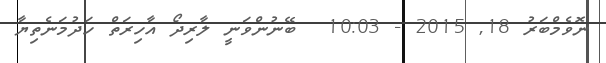
ނޮވެމްބަރު 18